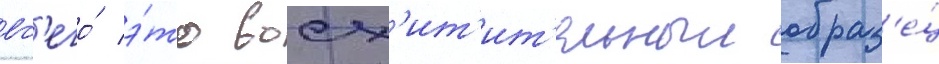
вс'его́ э́то восх'ит'ит'ельныи образ'е́ц